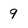
Character: 9